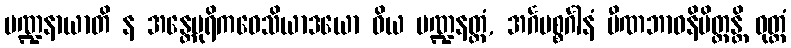
မဏ္ဍနာယာတိ န အန္တေပုရိကဝေသိယာဒယော ဝိယ မဏ္ဍနတ္ထံ, အင်္ဂပစ္စင်္ဂါနံ ပီဏဘာဝနိမိတ္တန္တိ ဝုတ္တံ